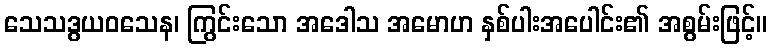
သေသဒွယဝသေန၊ ကြွင်းသော အဒေါသ အမောဟ နှစ်ပါးအပေါင်း၏ အစွမ်းဖြင့်။